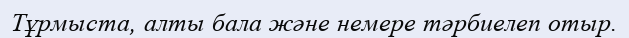
Тұрмыста, алты бала және немере тәрбиелеп отыр.